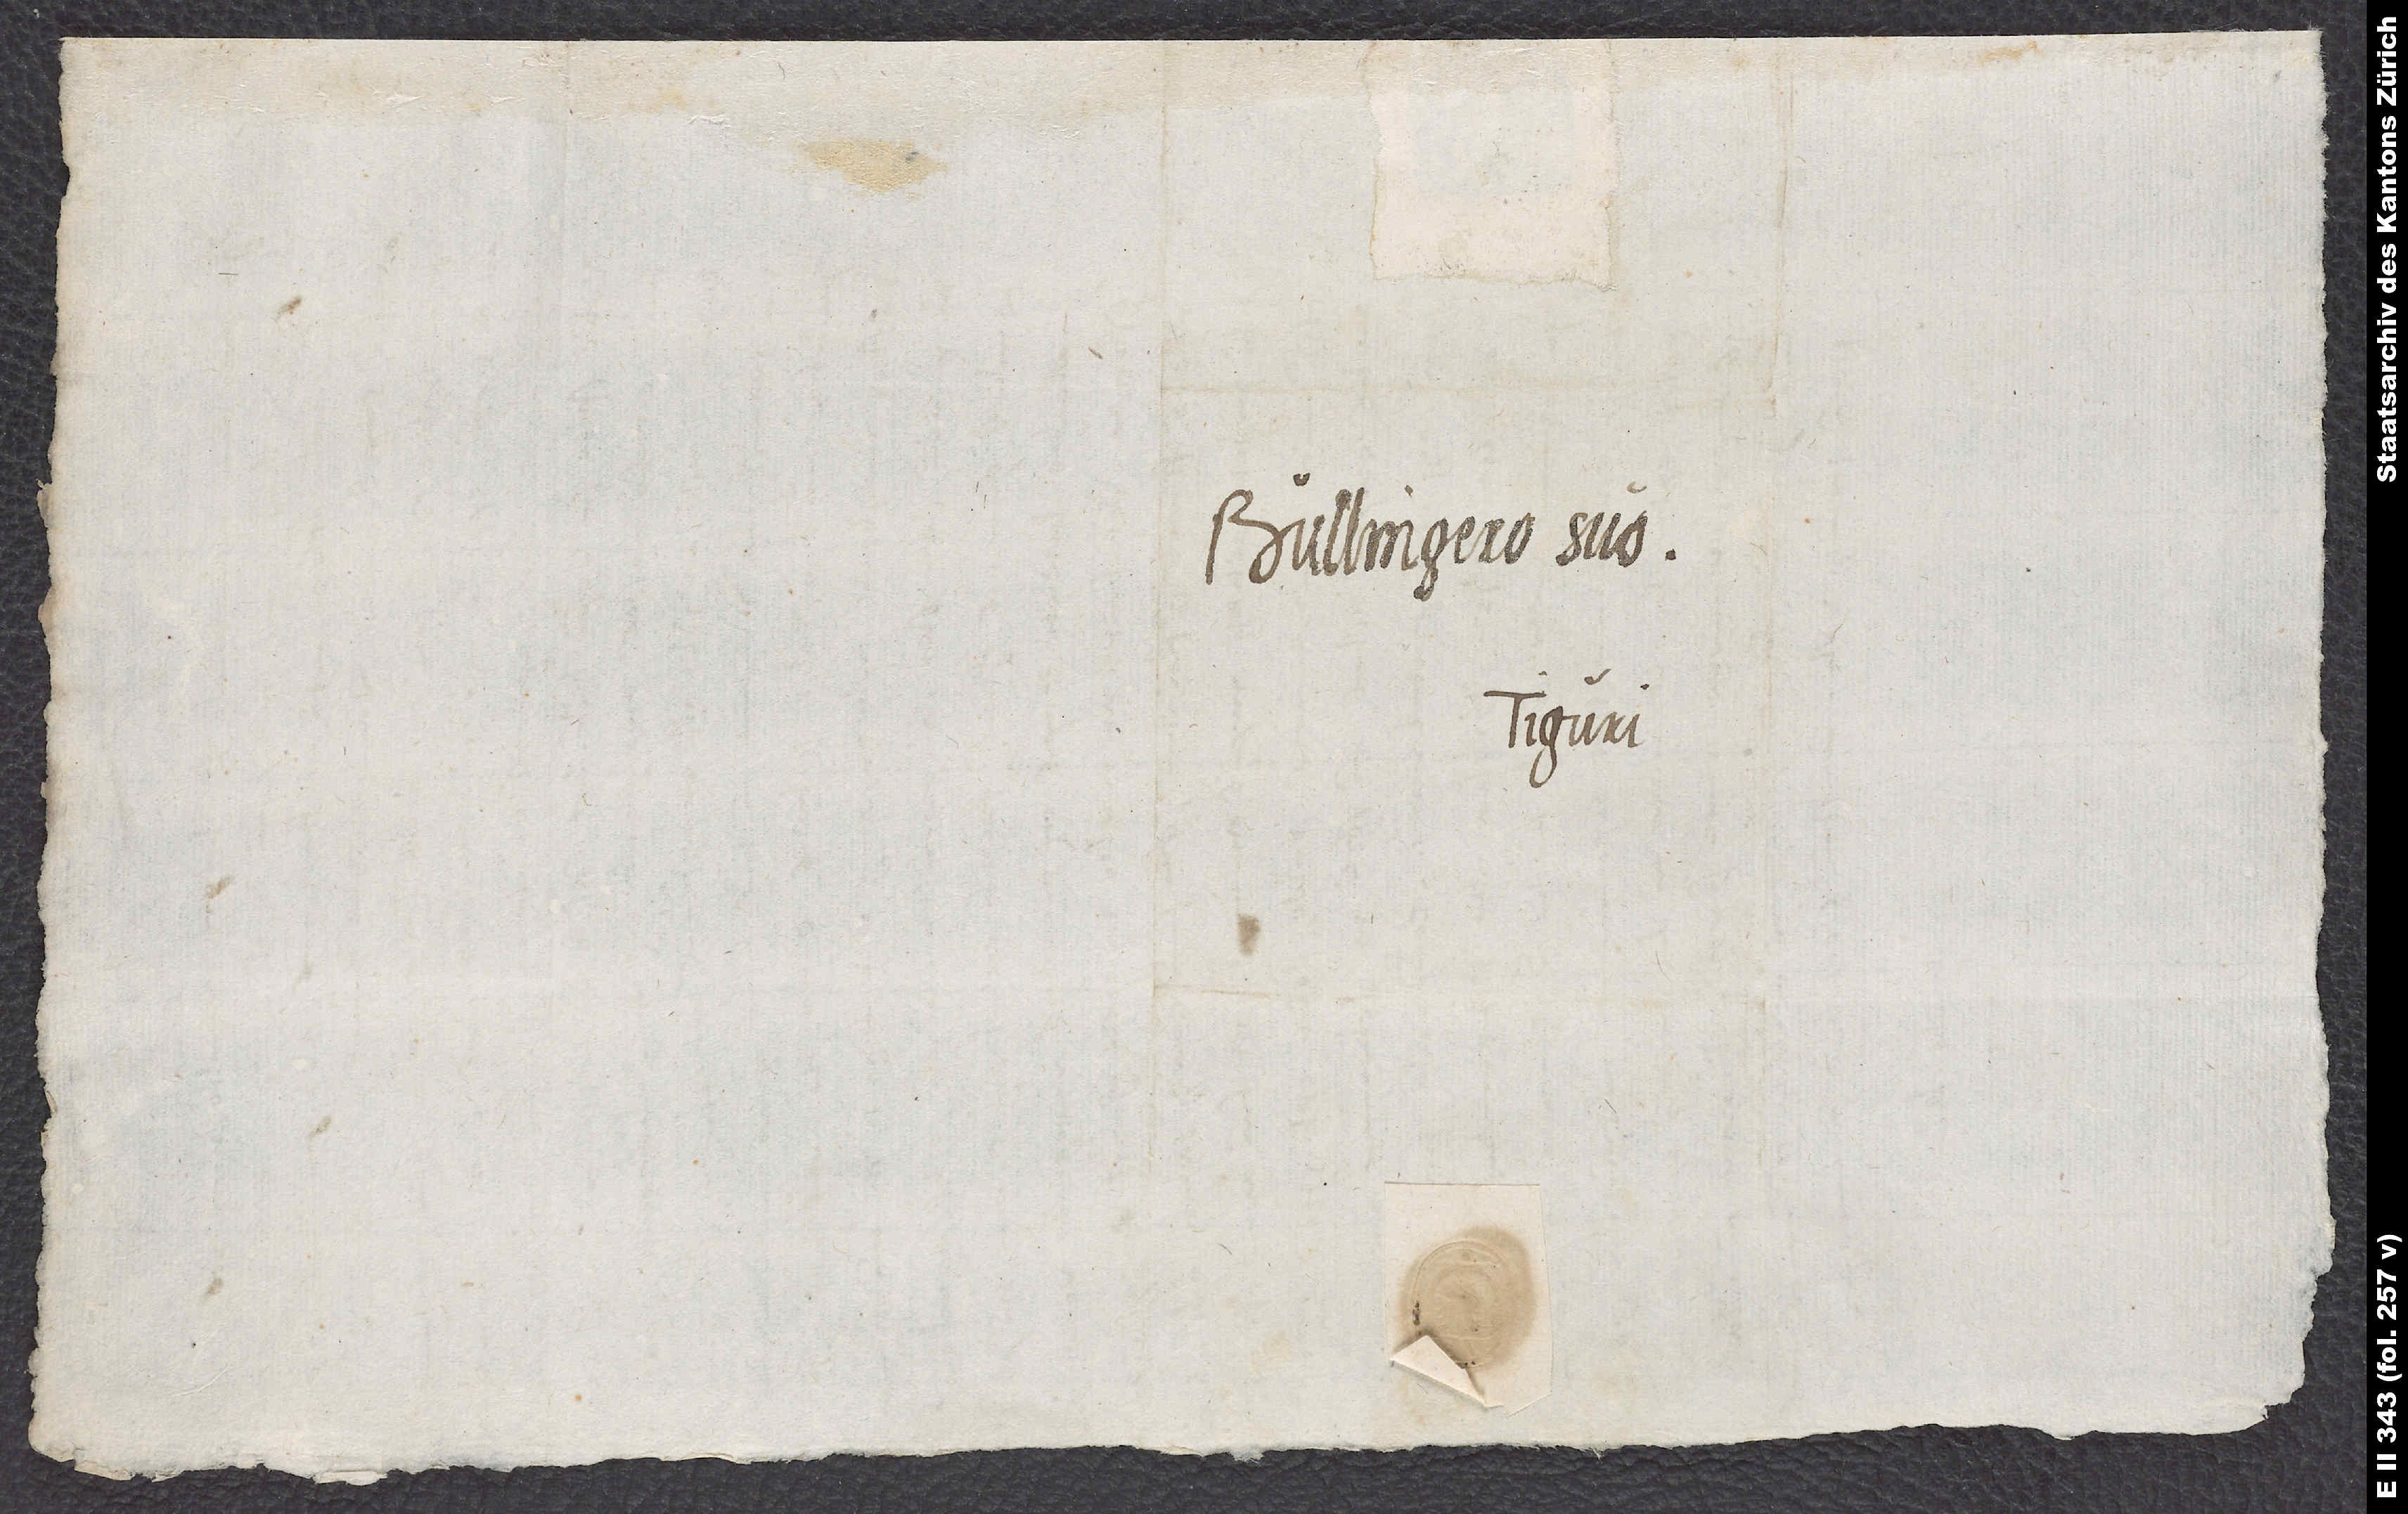
Bullingero suo.
Tiguri.